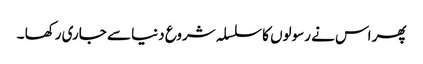
پھر اس نے رسولوں کا سلسلہ شروع دنیا سے جاری رکھا ۔